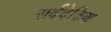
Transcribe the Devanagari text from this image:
सर्वदेशिक